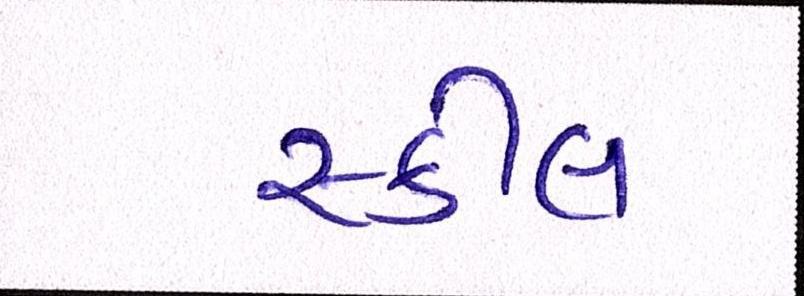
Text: સ્કીલ